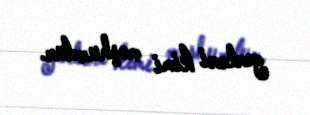
yerləri kimi məşhurdur.